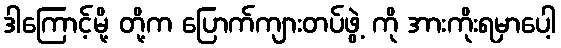
ဒါကြောင့်မို့ တို့က ပြောက်ကျားတပ်ဖွဲ့ ကို အားကိုးရမှာပေါ့